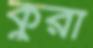
কুরা